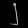
Digit: ၂